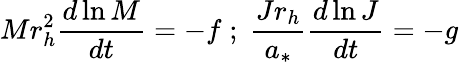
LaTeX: Mr_{h}^{2}{\frac{d\ln M}{dt}}=-f\; ;\; {\frac{Jr_{h}}{a_{*}}}{\frac{d\ln J}{dt}}=-g